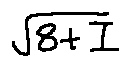
\sqrt { 8 + I }